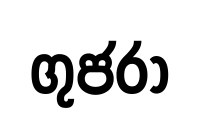
ගුජරා